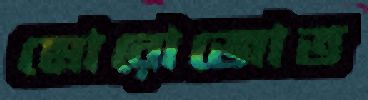
মোরোজোভ